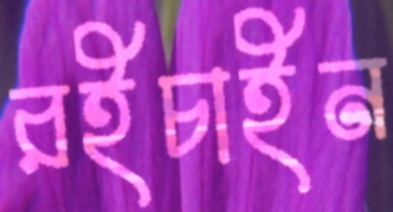
রইচাইন